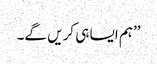
’’ہم ایسا ہی کریں گے۔